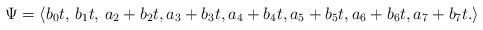
LaTeX: \begin{align*}\Psi=\langle b_0 t,\,b_1 t,\, a_2+b_2t, a_3+b_3t, a_4+b_4t, a_5+b_5t, a_6+b_6t, a_7+b_7t.\rangle\end{align*}